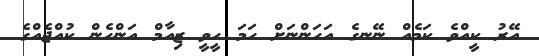
އޭރު ކީއްވެ ކަމެއް ނޭނގެ އަހަންނަށް ހަމަ ހީވީ ޒިއާމް އަންހެން ކުއްޖެއްގެ